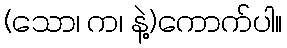
(သော၊ က၊ နဲ့)ကောက်ပါ။